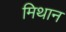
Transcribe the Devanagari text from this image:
मिथान